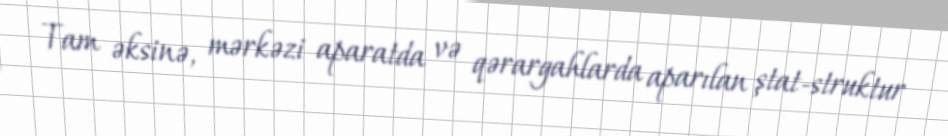
Tam əksinə, mərkəzi aparatda və qərargahlarda aparılan ştat-struktur